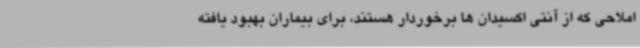
املاحی که از آنتی اکسیدان ها برخوردار هستند، برای بیماران بهبود یافته